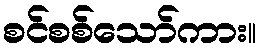
စင်စစ်သော်ကား။